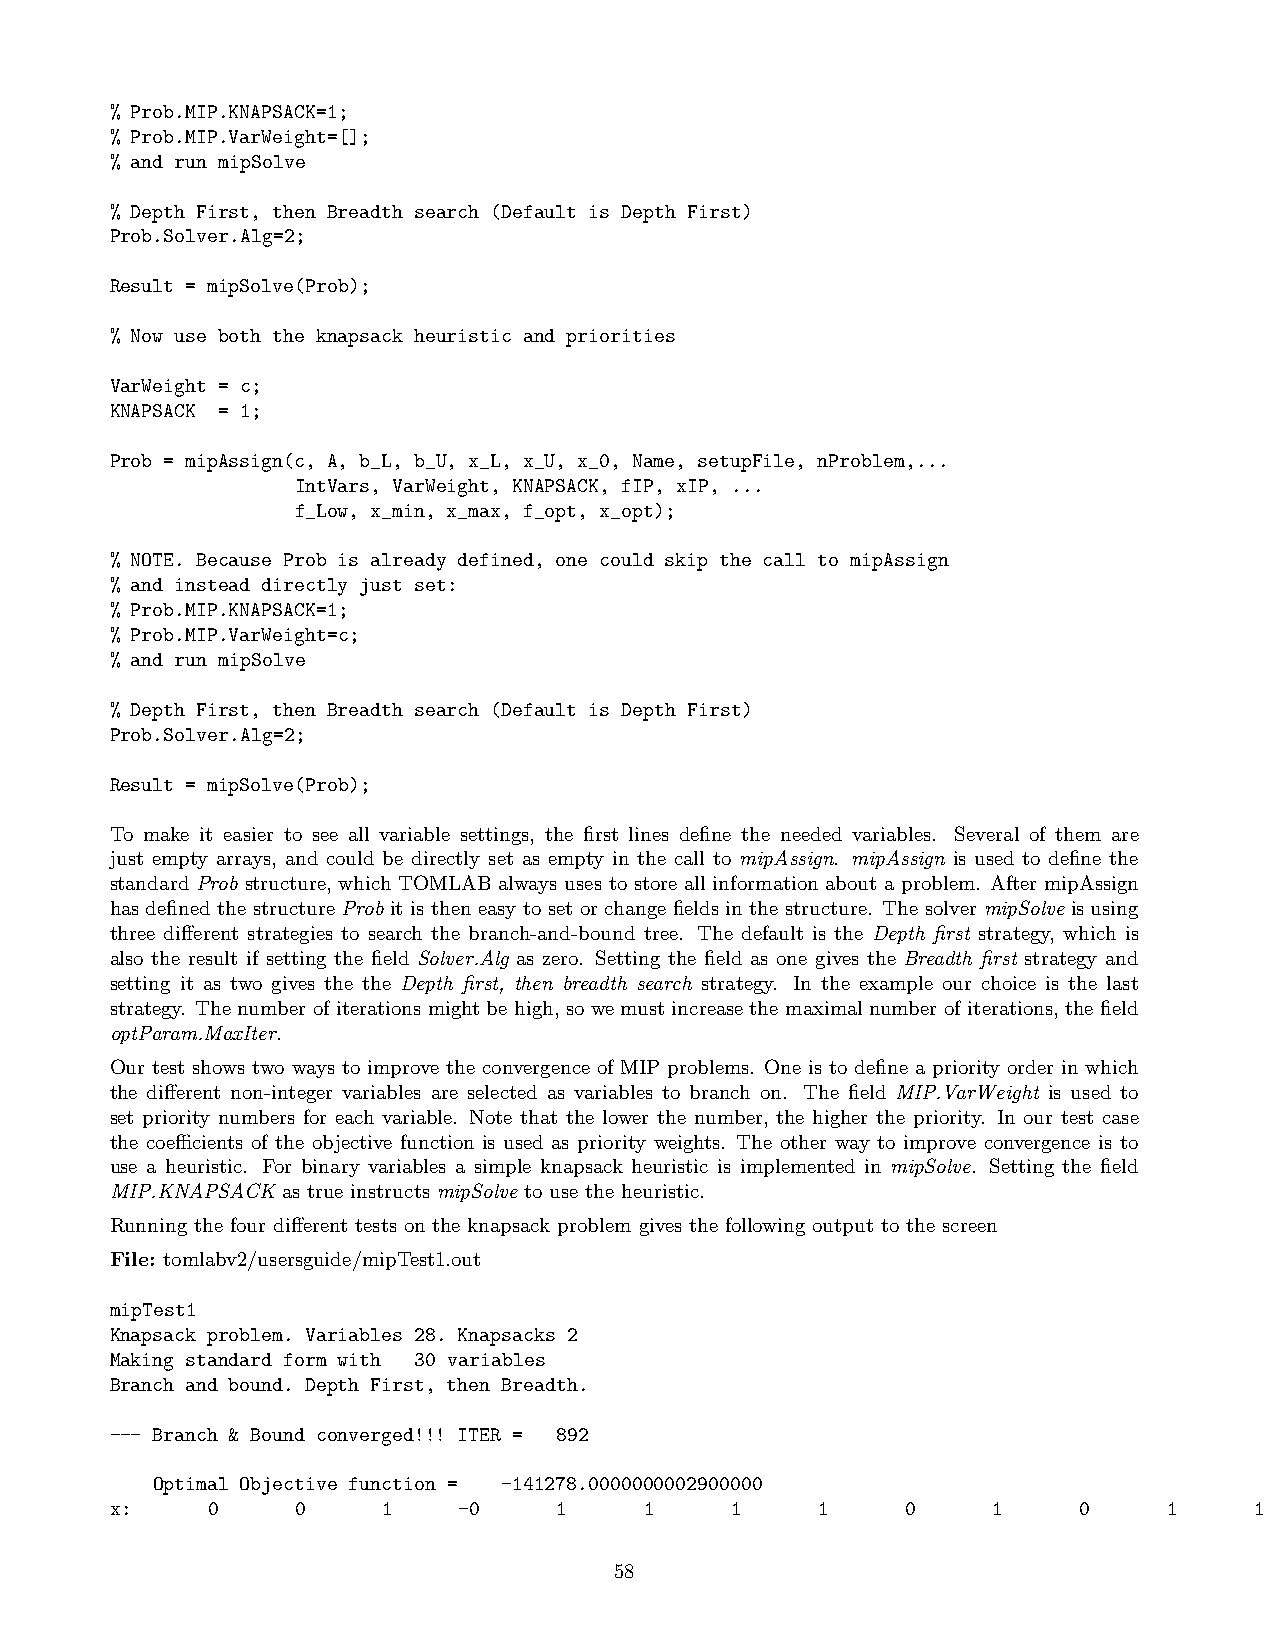
% Prob.MIP.KNAPSACK=1;
 % Prob.MIP.VarWeight=[];
 % and run mipSolve
 % Depth First, then Breadth search (Default is Depth First)
 Prob.Solver.Alg=2;
 Result = mipSolve(Prob);
 % Now use both the knapsack heuristic and priorities
 VarWeight = c;
 KNAPSACK = 1;
 Prob = mipAssign(c, A, b_L, b_U, x_L, x_U, x_0, Name, setupFile, nProblem,...
 IntVars, VarWeight, KNAPSACK, fIP, xIP, ...
 f_Low, x_min, x_max, f_opt, x_opt);
 % NOTE. Because Prob is already defined, one could skip the call to mipAssign
 % and instead directly just set:
 % Prob.MIP.KNAPSACK=1;
 % Prob.MIP.VarWeight=c;
 % and run mipSolve
 % Depth First, then Breadth search (Default is Depth First)
 Prob.Solver.Alg=2;
 Result = mipSolve(Prob);
 To make it easier to see all variable settings, the first lines define the needed variables. Several of them are
 just empty arrays, and could be directly set as empty in the call to mipAssign. mipAssign is used to define the
 standard Prob structure, which TOMLAB always uses to store all information about a problem. After mipAssign
 has defined the structure Prob it is then easy to set or change fields in the structure. The solver mipSolve is using
 three different strategies to search the branch-and-bound tree. The default is the Depth first strategy, which is
 also the result if setting the field Solver.Alg as zero. Setting the field as one gives the Breadth first strategy and
 setting it as two gives the the Depth first, then breadth search strategy. In the example our choice is the last
 strategy. The number of iterations might be high, so we must increase the maximal number of iterations, the field
 optParam.MaxIter.
 Our test shows two ways to improve the convergence of MIP problems. One is to define a priority order in which
 the different non-integer variables are selected as variables to branch on. The field MIP.VarWeight is used to
 set priority numbers for each variable. Note that the lower the number, the higher the priority. In our test case
 the coefficients of the objective function is used as priority weights. The other way to improve convergence is to
 use a heuristic. For binary variables a simple knapsack heuristic is implemented in mipSolve. Setting the field
 MIP.KNAPSACK as true instructs mipSolve to use the heuristic.
 Running the four different tests on the knapsack problem gives the following output to the screen
 File: tomlabv2/usersguide/mipTest1.out
 mipTest1
 Knapsack problem. Variables 28. Knapsacks 2
 Making standard form with 30 variables
 Branch and bound. Depth First, then Breadth.
 --- Branch & Bound converged!!! ITER = 892
 Optimal Objective function = -141278.0000000002900000
 x:     0     0    1    -0     1     1    1     1     0     1    0     1     1
 58